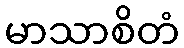
မာသာစိတံ